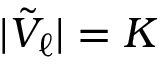
| \tilde { V } _ { \ell } | = K